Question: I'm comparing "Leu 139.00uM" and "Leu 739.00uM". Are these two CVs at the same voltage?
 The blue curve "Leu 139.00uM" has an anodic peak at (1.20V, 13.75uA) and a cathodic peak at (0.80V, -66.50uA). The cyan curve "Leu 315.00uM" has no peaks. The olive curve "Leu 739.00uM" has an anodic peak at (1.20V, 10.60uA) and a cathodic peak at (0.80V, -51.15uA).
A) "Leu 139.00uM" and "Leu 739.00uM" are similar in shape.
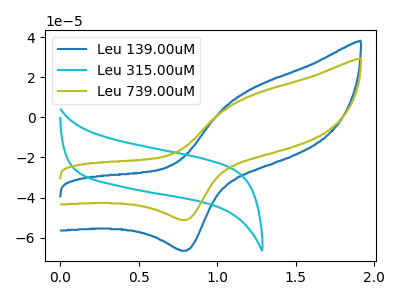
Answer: <think>All the peaks in "Leu 139.00uM" have a peak in "Leu 739.00uM" at the same potential. Every peak in "Leu 139.00uM" is higher than every peak in "Leu 739.00uM".
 </think>
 <answer>A) "Leu 139.00uM" and "Leu 739.00uM" are similar in shape.</answer>
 <eval>A</eval>